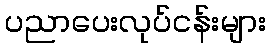
ပညာပေးလုပ်ငန်းများ